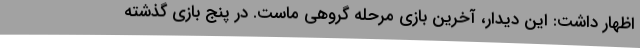
اظهار داشت: این دیدار، آخرین بازی مرحله گروهی ماست. در پنج بازی گذشته